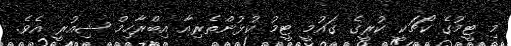
މި ޓީމުގެ ކޯޗަކީ ކުރީގެ ގައުމީ ޓީމު ކުޅުންތެރިއާ އިބްރާހިމް ޝިއުރީ އެވެ.